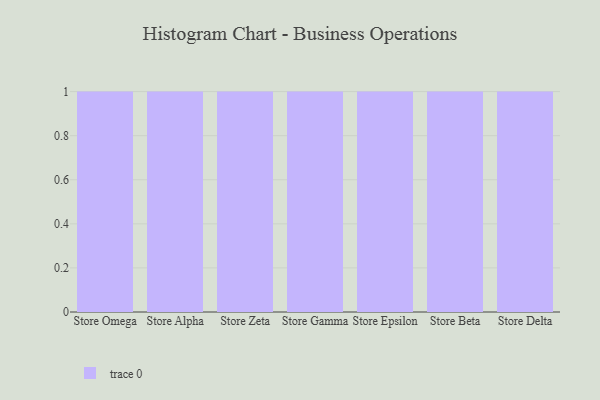
{"axis": {"x": "Store", "y": "Population (Million)"}, "legend": [""], "data": [{"x": "Store Omega", "y": 95, "type": ""}, {"x": "Store Alpha", "y": 83, "type": ""}, {"x": "Store Zeta", "y": 1, "type": ""}, {"x": "Store Gamma", "y": 95, "type": ""}, {"x": "Store Epsilon", "y": 36, "type": ""}, {"x": "Store Beta", "y": 20, "type": ""}, {"x": "Store Delta", "y": 50, "type": ""}]}